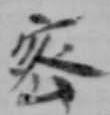
密